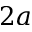
2 a